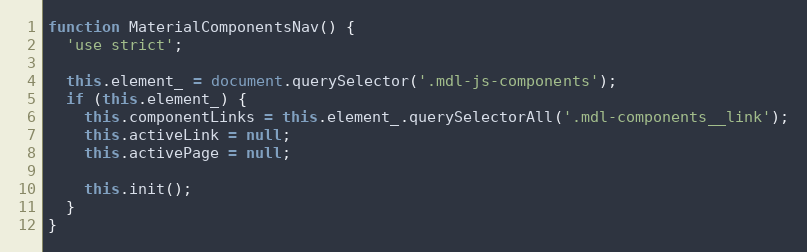
Language: JavaScript
function MaterialComponentsNav() {
  'use strict';

  this.element_ = document.querySelector('.mdl-js-components');
  if (this.element_) {
    this.componentLinks = this.element_.querySelectorAll('.mdl-components__link');
    this.activeLink = null;
    this.activePage = null;

    this.init();
  }
}